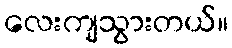
လေးကျသွားတယ်။